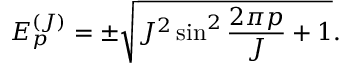
E _ { p } ^ { ( J ) } = \pm \sqrt { J ^ { 2 } \sin ^ { 2 } \frac { 2 \pi p } { J } + 1 } .